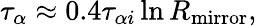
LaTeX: \tau_{\alpha}\approx 0.4\tau_{\alpha i}\ln R_{\mathrm{mirror}},